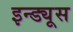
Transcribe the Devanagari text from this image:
इन्ड्यूस